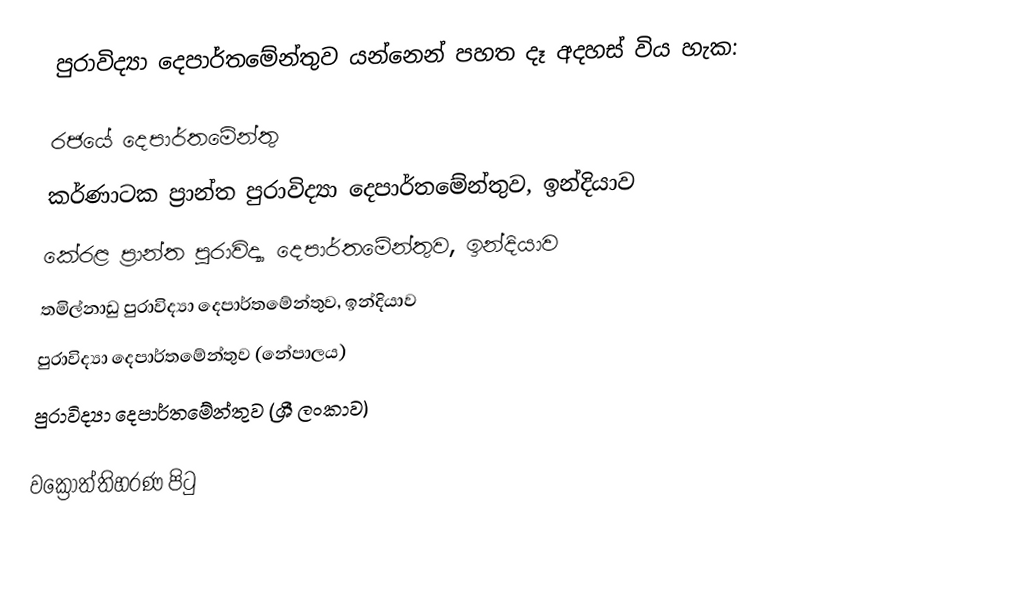
පුරාවිද්‍යා දෙපාර්තමේන්තුව යන්නෙන් පහත දෑ අදහස් විය හැක:

රජයේ දෙපාර්තමේන්තු
 කර්ණාටක ප්‍රාන්ත පුරාවිද්‍යා දෙපාර්තමේන්තුව, ඉන්දියාව
කේරළ ප්‍රාන්ත පුරාවිද්‍යා දෙපාර්තමේන්තුව, ඉන්දියාව
තමිල්නාඩු පුරාවිද්‍යා දෙපාර්තමේන්තුව, ඉන්දියාව
 පුරාවිද්‍යා දෙපාර්තමේන්තුව (නේපාලය)
 පුරාවිද්‍යා දෙපාර්තමේන්තුව (ශ්‍රී ලංකාව)

වක්‍රෝත්තිහරණ පිටු